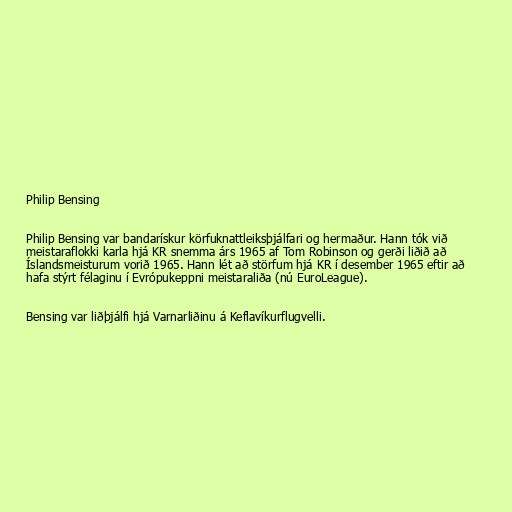
Philip Bensing

Philip Bensing var bandarískur körfuknattleiksþjálfari og hermaður. Hann tók við
meistaraflokki karla hjá KR snemma árs 1965 af Tom Robinson og gerði liðið að
Íslandsmeisturum vorið 1965. Hann lét að störfum hjá KR í desember 1965 eftir að
hafa stýrt félaginu í Evrópukeppni meistaraliða (nú EuroLeague).

Bensing var liðþjálfi hjá Varnarliðinu á Keflavíkurflugvelli.